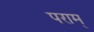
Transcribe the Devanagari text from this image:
पराम्